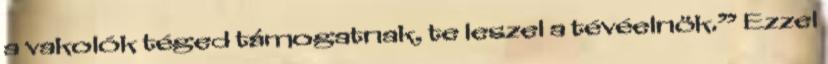
a vakolók téged támogatnak, te leszel a tévéelnök.” Ezzel